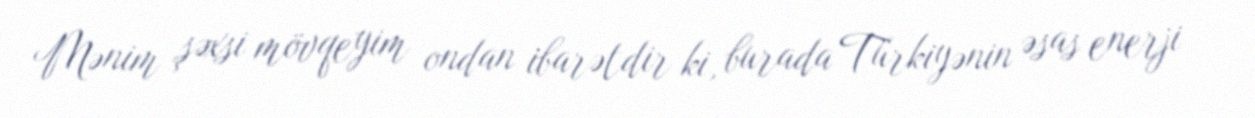
Mənim şəxsi mövqeyim ondan ibarətdir ki, burada Türkiyənin əsas enerji